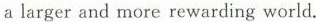
a larger and more rewarding world.